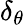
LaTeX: \delta_{\theta}